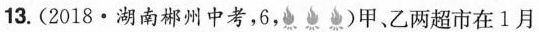
13.(2018·湖南郴州中考，6，)甲、乙两超市在1月